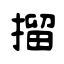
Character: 㨨